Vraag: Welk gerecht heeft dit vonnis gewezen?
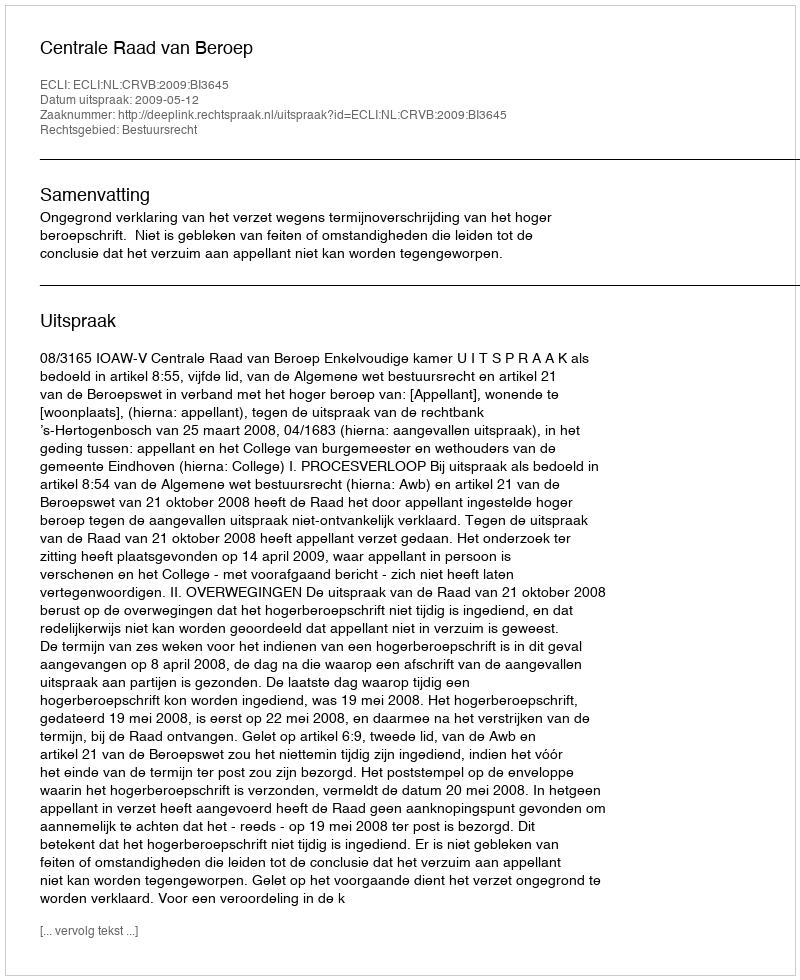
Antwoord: Centrale Raad van Beroep